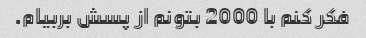
فکر کنم با 2000 بتونم از پسش بربیام.